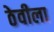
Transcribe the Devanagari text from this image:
ठेवीला